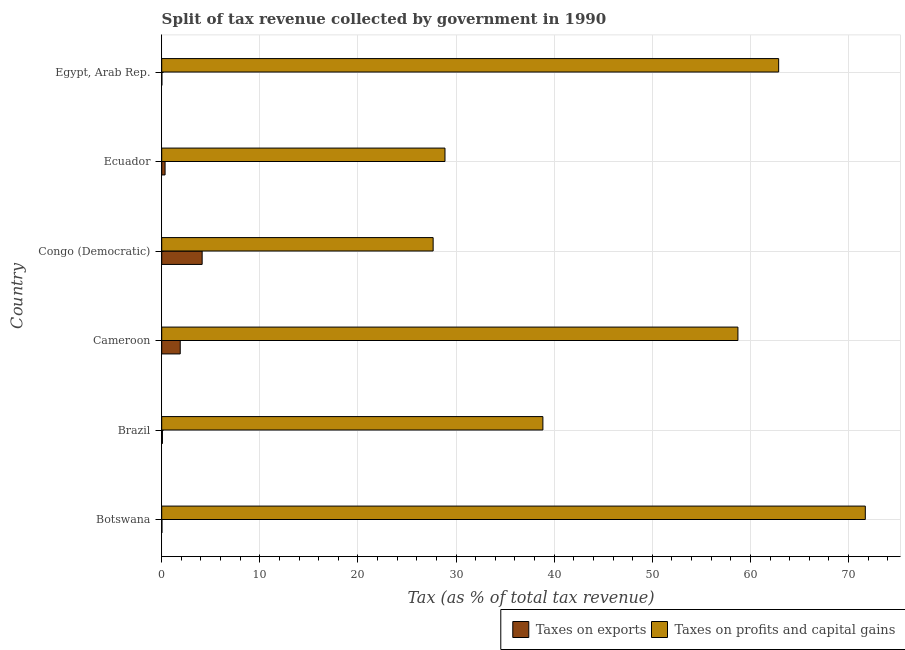
| Country | Taxes on exports | Taxes on profits and capital gains |
 | --- | --- | --- |
 | Botswana | 0.0227 | 71.7 |
 | Brazil | 0.0734 | 38.8 |
 | Cameroon | 1.89 | 58.7 |
 | Congo (Democratic) | 4.12 | 27.7 |
 | Ecuador | 0.342 | 28.9 |
 | Egypt, Arab Rep. | 0.0158 | 62.9 |